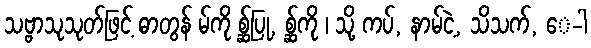
သဗ္ဗာသုသုတ်ဖြင့် ဓာတွန် မ်ကို စ္ဆ်ပြု, စ္ဆ်ကို ၊ သို့ ကပ်, နာမ်ငဲ့, သိသက်, ေ-ါ